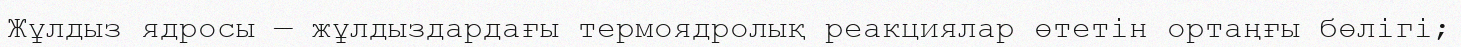
Жұлдыз ядросы — жұлдыздардағы термоядролық реакциялар өтетін ортаңғы бөлігі;